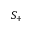
S _ { + }